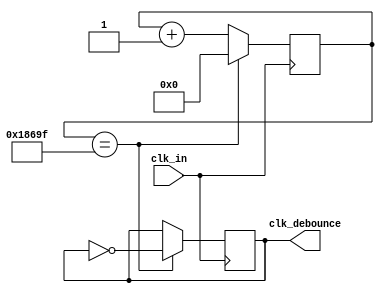
`timescale 1ns / 1ps
module clock_gen(
        clk_in,
        clk_debounce
    );
    input clk_in;
    output reg clk_debounce=0;

    // reset values for counters
    localparam debounce = 32'd99_999;

    // Initialize and declare ccounters
    reg [31:0] counter_debounce = 0;

    always @(posedge clk_in) begin
        if (counter_debounce == debounce) begin
            counter_debounce <= 0;
            clk_debounce <= ~clk_debounce;
        end
        else
            counter_debounce <= counter_debounce + 1'b1;
    end

endmodule

// generate 25MHz clock from 100MHz clock on board
module clock_gen_display(clk, clk_pix);
    input clk;
    output clk_pix;

    reg clk_display=0;
    reg [1:0] counter=0;
    always @(posedge clk) begin
        counter <= counter + 1;
        if (counter == 1) begin
            counter <= 0;
            clk_display = ~clk_display;
        end
    end

    assign clk_pix = clk_display;
endmodule